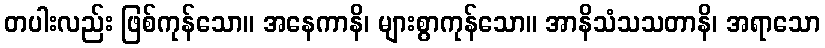
တပါးလည်း ဖြစ်ကုန်သော။ အနေကာနိ၊ များစွာကုန်သော။ အာနိသံသသတာနိ၊ အရာသော